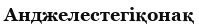
Анджелестегіқонақ